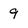
Character: 9